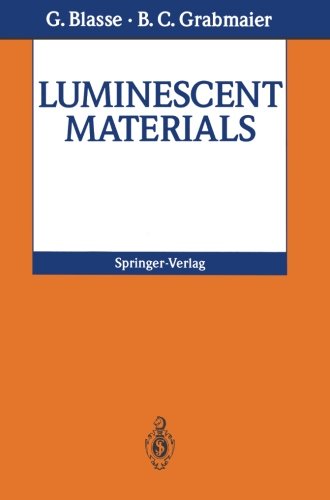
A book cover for Luminescent Materials; G. Blasse; Science & Math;